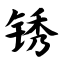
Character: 锈